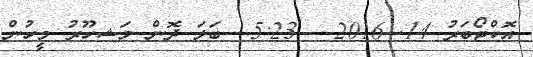
އޮކްޓޯބަރު 14